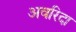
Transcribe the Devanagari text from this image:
अवरिदा